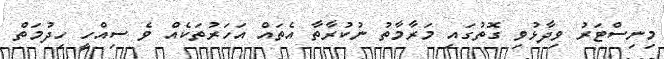
މިނިސްޓަރު ވިދާޅުވި ގޮތުގައި މަރާމާތު ނުކުރާތާ އެތައް އަހަރުތަކެއް ވެ ސިއްހީ ހިދުމަތް